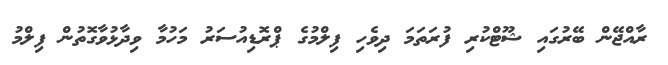
ރާއްޖޭން ބޭރުގައި ޝޫޓްކުރި ފުރަތަމަ ދިވެހި ފިލްމުގެ ޕްރޮޑިއުސަރު މަހުމާ ވިދާޅުވާގޮތުން ފިލްމު